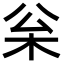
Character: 枀